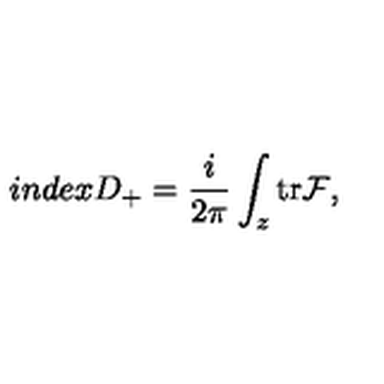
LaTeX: i n d e x D _ { + } = \frac { i } { 2 \pi } \int _ { z } \mathrm { t r } { \cal F } ,